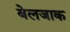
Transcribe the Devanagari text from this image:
बेलजाक